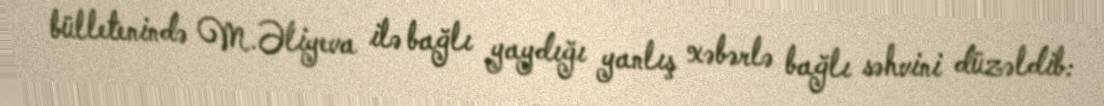
bülletenində M.Əliyeva ilə bağlı yaydığı yanlış xəbərlə bağlı səhvini düzəldib: